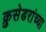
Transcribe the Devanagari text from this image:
क्रुसेडरांच्या